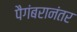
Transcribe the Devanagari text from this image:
पैगंबरानंतर